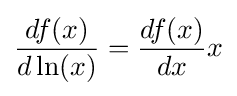
{\frac {df(x)}{d\ln(x)}}={\frac {df(x)}{dx}}x